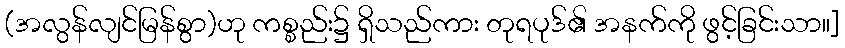
(အလွန်လျင်မြန်စွာ)ဟု ကစ္စည်း၌ ရှိသည်ကား တုရပုဒ်၏ အနက်ကို ဖွင့်ခြင်းသာ။]